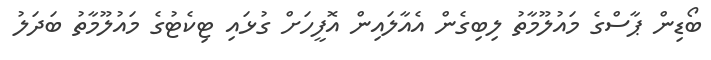
ބޯޑިން ޕާސްގެ މައުލޫމާތު ލިބިގެން އެއާލައިން އޮފީހަށް ގުޅައި ޓިކެޓުގެ މައުލޫމާތު ބަދަލު